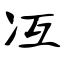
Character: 冱